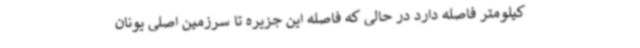
کیلومتر فاصله دارد در حالی که فاصله این جزیره تا سرزمین اصلی یونان